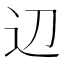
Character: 辺